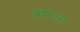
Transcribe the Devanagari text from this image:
बॉरजा